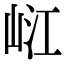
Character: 𡷍